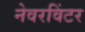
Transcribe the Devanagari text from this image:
नेवरविंटर